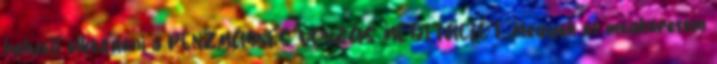
helyett elkezdeni a PÉNZMÁGNES VONZÁS MEDITÁCIÓT. Megyek és megkeresem